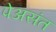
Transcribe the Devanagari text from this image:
पेअसंत